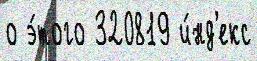
о э́того 320819 и́нд'екс